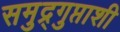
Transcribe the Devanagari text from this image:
समुद्र्गुप्ताशी